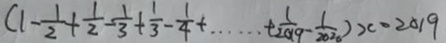
( 1 - \frac { 1 } { 2 } + \frac { 1 } { 2 } - \frac { 1 } { 3 } + \frac { 1 } { 3 } - \frac { 1 } { 4 } + \cdots + \frac { 1 } { 2 0 1 9 } - \frac { 1 } { 2 0 2 0 } ) x \cdot 2 0 1 9